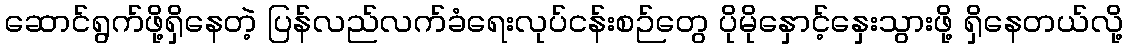
ဆောင်ရွက်ဖို့ရှိနေတဲ့ ပြန်လည်လက်ခံရေးလုပ်ငန်းစဉ်တွေ ပိုမိုနှောင့်နှေးသွားဖို့ ရှိနေတယ်လို့